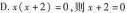
D.$$x(x+2)=0$$，则$$x+2=0$$